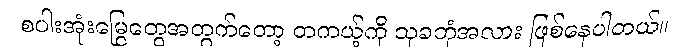
စပါးအုံးမြွေတွေအတွက်တော့ တကယ့်ကို သုခဘုံအလား ဖြစ်နေပါတယ်။